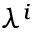
\lambda ^ { i }